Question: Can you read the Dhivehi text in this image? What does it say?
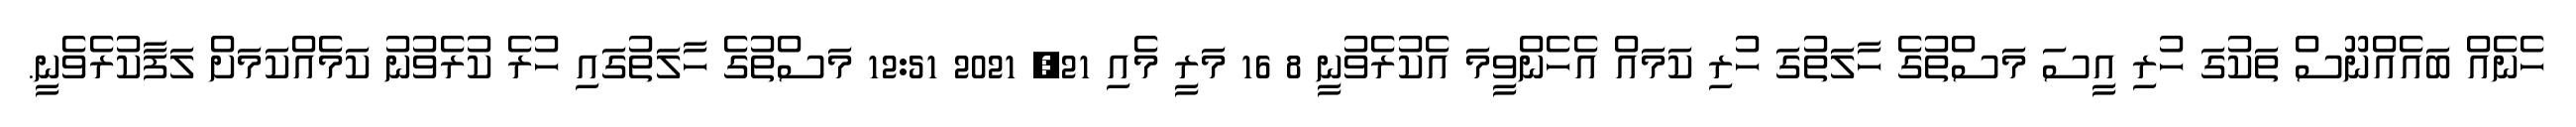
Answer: ހެނެއް ބައެއްނޫސް ތަކުގަ ހުރި އީސަ މަސްތުގެ ހާލަތުގަ ހުރި ކަމައް އެހެންވީމަ އެކުރެވުނީ 8 16 މަރީ މެއި 21, 2021 12:51 މަސްތުގެ ހާލަތުގައި ހުރެ ކުރެވުނު ކަމެއްކަމަށް ލަފާކުރެވެނީ.